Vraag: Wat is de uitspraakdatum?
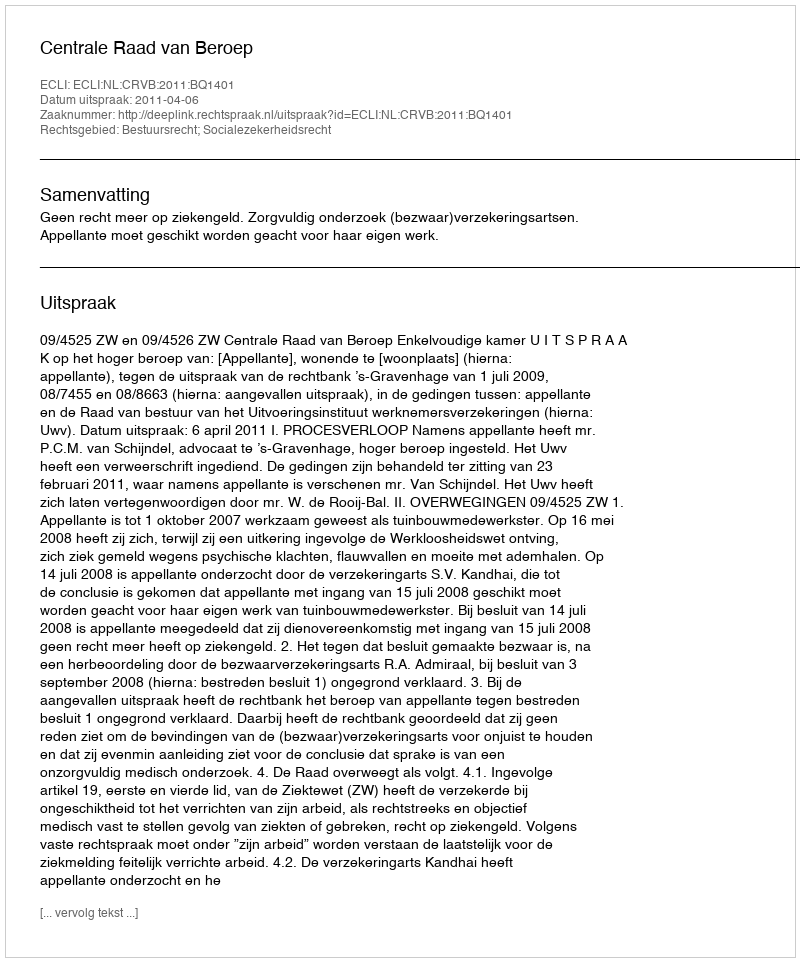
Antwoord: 2011-04-06